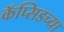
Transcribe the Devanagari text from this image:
कॅप्सिडच्या